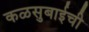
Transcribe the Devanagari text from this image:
कळसुबाईची